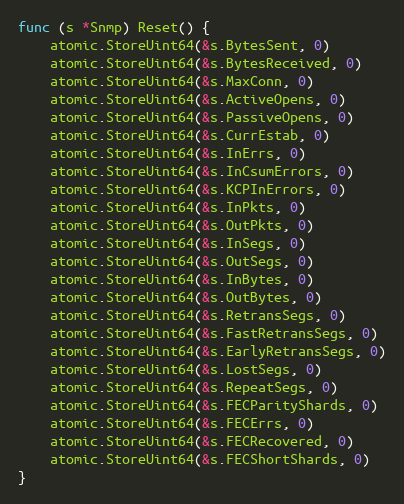
Language: Go
func (s *Snmp) Reset() {
	atomic.StoreUint64(&s.BytesSent, 0)
	atomic.StoreUint64(&s.BytesReceived, 0)
	atomic.StoreUint64(&s.MaxConn, 0)
	atomic.StoreUint64(&s.ActiveOpens, 0)
	atomic.StoreUint64(&s.PassiveOpens, 0)
	atomic.StoreUint64(&s.CurrEstab, 0)
	atomic.StoreUint64(&s.InErrs, 0)
	atomic.StoreUint64(&s.InCsumErrors, 0)
	atomic.StoreUint64(&s.KCPInErrors, 0)
	atomic.StoreUint64(&s.InPkts, 0)
	atomic.StoreUint64(&s.OutPkts, 0)
	atomic.StoreUint64(&s.InSegs, 0)
	atomic.StoreUint64(&s.OutSegs, 0)
	atomic.StoreUint64(&s.InBytes, 0)
	atomic.StoreUint64(&s.OutBytes, 0)
	atomic.StoreUint64(&s.RetransSegs, 0)
	atomic.StoreUint64(&s.FastRetransSegs, 0)
	atomic.StoreUint64(&s.EarlyRetransSegs, 0)
	atomic.StoreUint64(&s.LostSegs, 0)
	atomic.StoreUint64(&s.RepeatSegs, 0)
	atomic.StoreUint64(&s.FECParityShards, 0)
	atomic.StoreUint64(&s.FECErrs, 0)
	atomic.StoreUint64(&s.FECRecovered, 0)
	atomic.StoreUint64(&s.FECShortShards, 0)
}